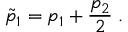
\tilde { p } _ { 1 } = p _ { 1 } + \frac { p _ { 2 } } { 2 } \; .